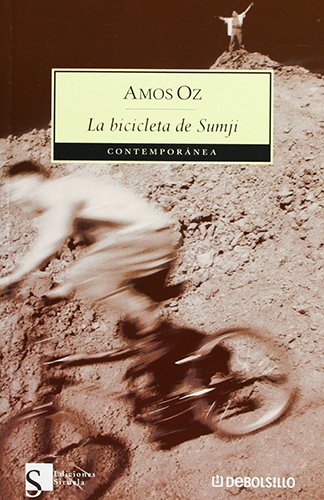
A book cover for La bicicleta de Sumji / Soumchi (Spanish Edition); Amos Oz; Teen & Young Adult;